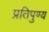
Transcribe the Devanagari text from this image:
प्रतिपुण्य